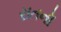
રાતનૉ